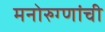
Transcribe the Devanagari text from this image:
मनोरुग्णांची